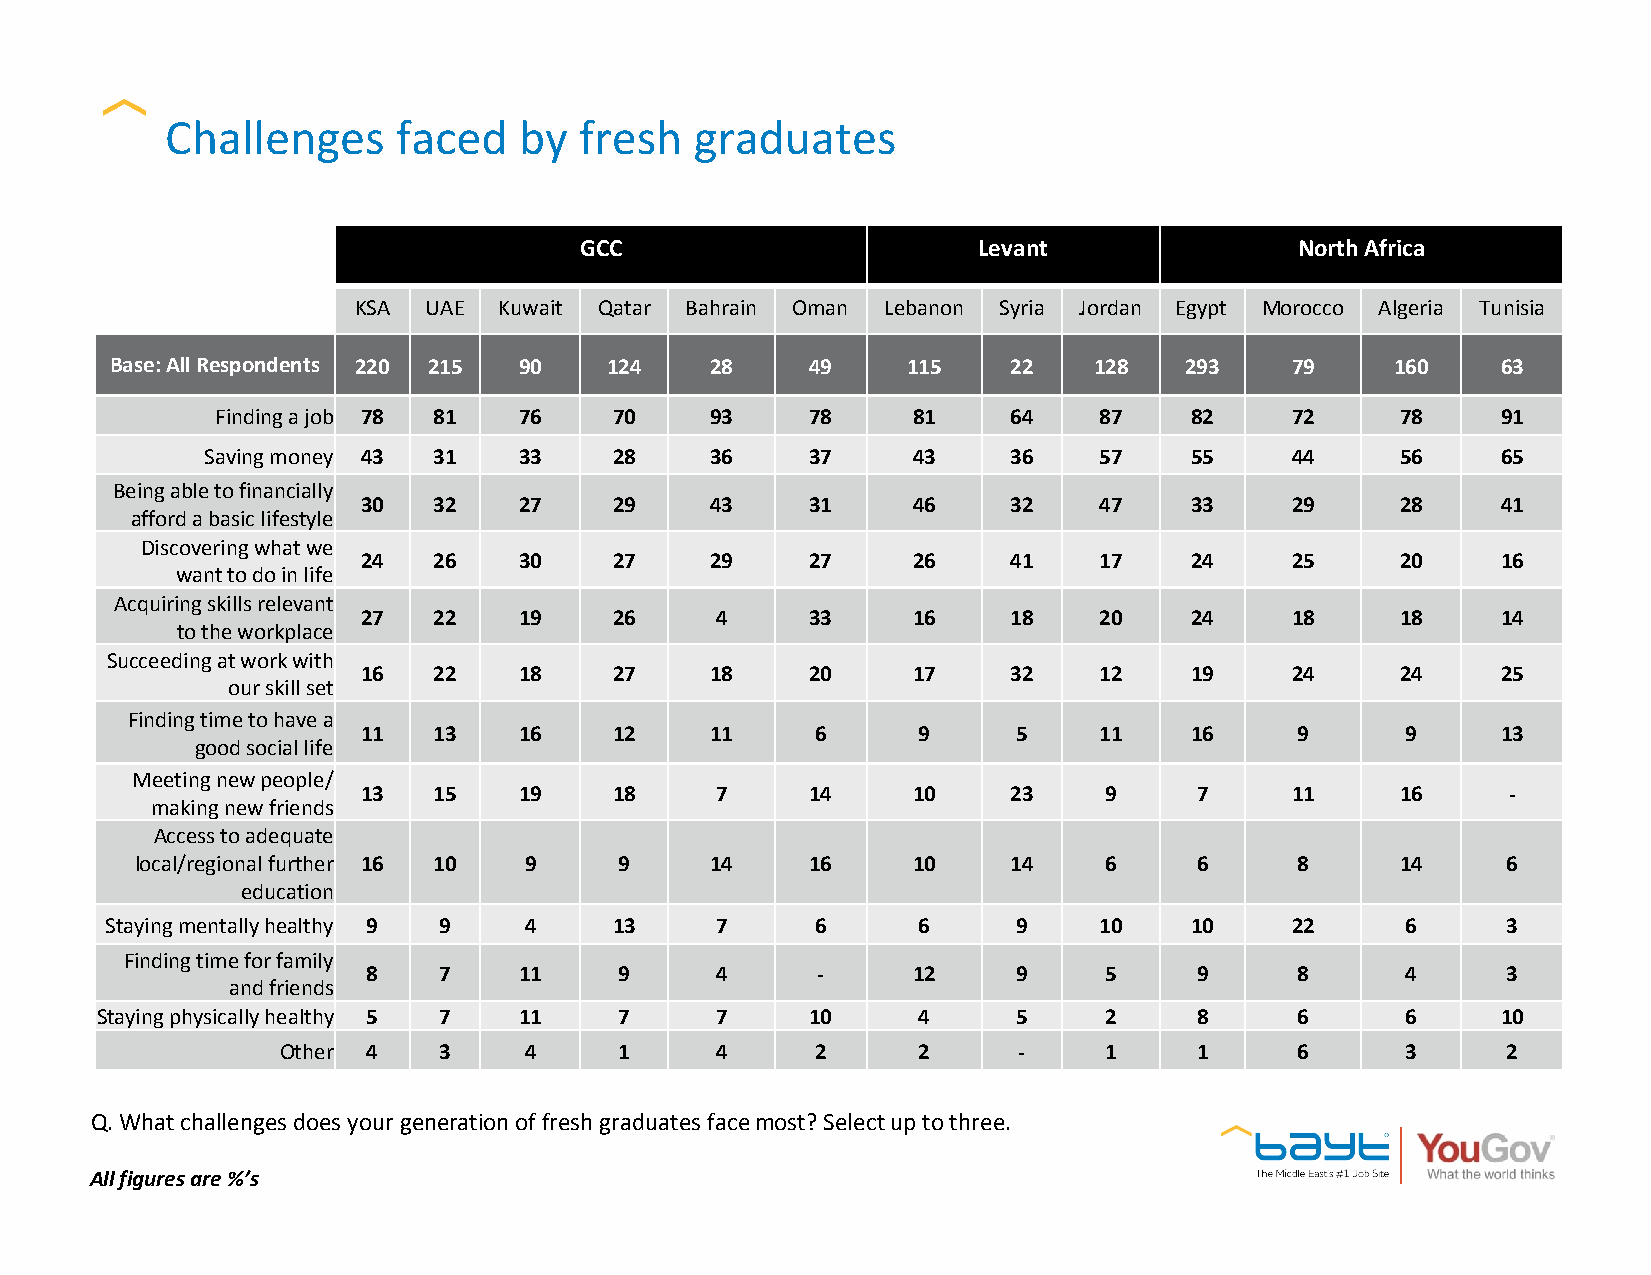
Challenges     faced   by  fresh   graduates
 GCC                        Levant               North Africa
 KSA  UAE  Kuwait Qatar Bahrain Oman Lebanon Syria Jordan Egypt Morocco Algeria Tunisia
 Base: All Respondents 220 215 90 124    28     49    115    22   128   293    79     160    63
 Finding a job 78 81 76     70    93     78    81     64    87    82    72      78    91
 Saving money 43 31  33     28    36     37    43     36    57    55    44      56    65
 Being able to financially
 30   32   27     29    43     31    46     32    47    33    29      28    41
 afford a basic lifestyle
 Discovering what we
 24   26   30     27    29     27    26     41    17    24    25      20    16
 want to do in life
 Acquiring skills relevant
 27   22   19     26    4      33    16     18    20    24    18      18    14
 to the workplace
 Succeeding at work with
 16   22   18     27    18     20    17     32    12    19    24      24    25
 our skill set
 Finding time to have a
 11   13   16     12    11     6      9     5     11    16     9      9     13
 good social life
 Meeting new people/
 13   15   19     18    7      14    10     23    9     7     11      16     -
 making new friends
 Access to adequate
 local/regional further 16 10 9  9     14     16    10     14    6     6      8      14     6
 education
 Staying mentally healthy 9 9 4    13    7      6      6     9     10    10    22      6      3
 Finding time for family
 8    7    11     9     4      -     12     9     5     9      8      4      3
 and friends
 Staying physically healthy 5 7 11  7     7      10     4     5     2     8      6      6     10
 Other 4   3     4     1     4      2      2     -     1     1      6      3      2
 Q. What challenges does your generation of fresh graduates face most? Select up to three.
 All figures are %’s